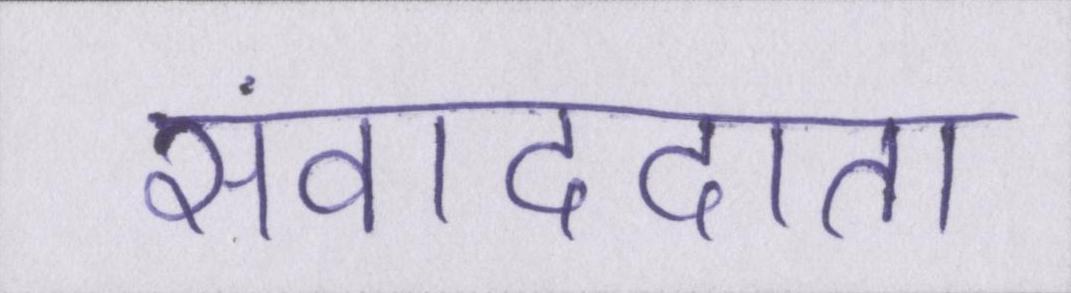
संवाददाता